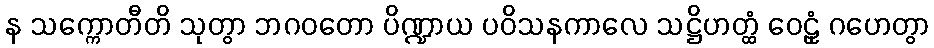
န သက္ကောတီတိ သုတွာ ဘဂဝတော ပိဏ္ဍာယ ပဝိသနကာလေ သဋ္ဌိဟတ္ထံ ဝေဠုံ ဂဟေတွာ